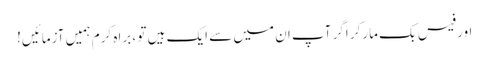
اور فیس بک مارکر اگر آپ ان میں سے ایک ہیں تو ، براہ کرم ہمیں آزمائیں!